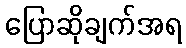
ပြောဆိုချက်အရ